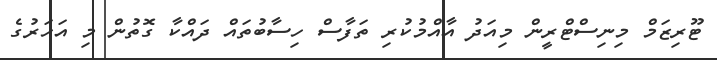
ޓޫރިޒަމް މިނިސްޓްރީން މިއަދު އާއްމުކުރި ތަފާސް ހިސާބުތައް ދައްކާ ގޮތުން މި އަހަރުގެ